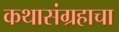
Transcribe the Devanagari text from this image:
कथासंग्रहाचा